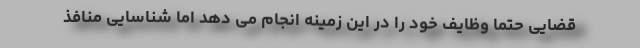
قضایی حتماً وظایف خود را در این زمینه انجام می دهد اما شناسایی منافذ